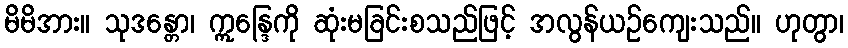
မိမိအား။ သုဒန္တော၊ ဣန္ဒြေကို ဆုံးမခြင်းစသည်ဖြင့် အလွန်ယဉ်ကျေးသည်။ ဟုတွာ၊